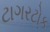
ટાગરટોક